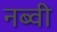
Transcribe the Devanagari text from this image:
नब्वी